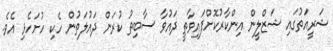
ޝަރީއަތުގައި ޝަޒްލީން އިންކާރުކޮށްފައިވާތީ ދައުވާ ސާބިތު ކުރަން ދައުލަތުން ހެކި ހުށަހެޅި އެވެ.